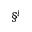
\S ^ { l }